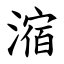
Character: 㴼